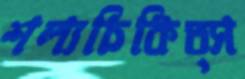
শল্যচিকিত্স